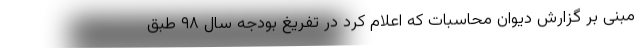
مبنی بر گزارش دیوان محاسبات که اعلام کرد در تفریغ بودجه سال ۹۸ طبق